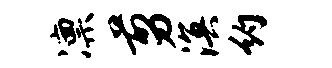
凛剪溟约